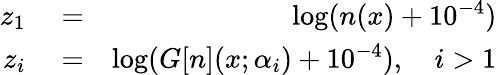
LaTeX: \begin{array}{rlr}{z_{1}}&{{}=}&{\log(n(x)+10^{-4})}\\ {z_{i}}&{{}=}&{\log(G[n](x;\alpha_{i})+10^{-4}),\quad i>1}\end{array}